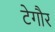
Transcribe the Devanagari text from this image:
टेगौर